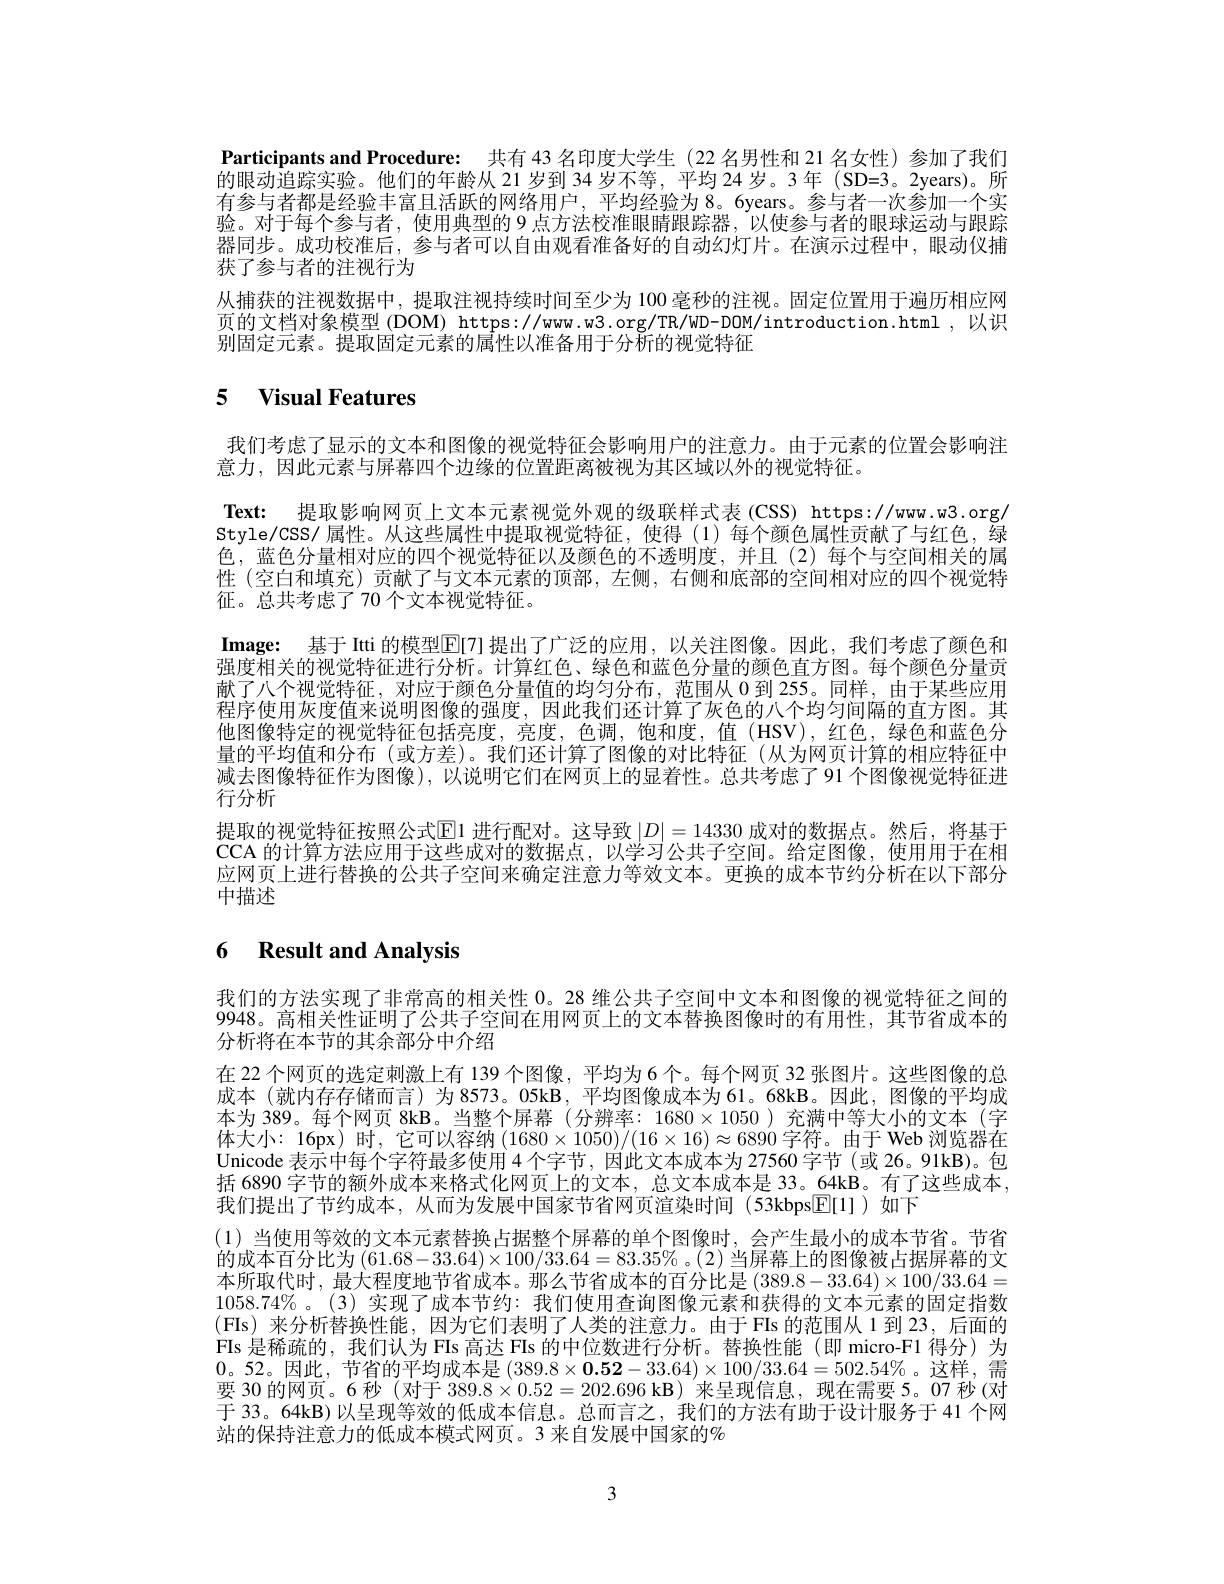
Participants and Procedure: 共有 43 名印度大学生 (22 名男性和 21 名女性) 参加了我们的眼动追踪实验。他们的年龄从 21 岁到 34 岁不等，平均 24 岁。3年 (SD=3。2years)。所有参与者都是经验丰富且活跃的网络用户，平均经验为 8。6years。参与者一次参加一个实验。对于每个参与者，使用典型的 9 点方法校准眼睛跟踪器，以使参与者的眼球运动与跟踪器同步。成功校准后，参与者可以自由观看准备好的自动幻灯片。在演示过程中，眼动仪捕获了参与者的注视行为
从捕获的注视数据中，提取注视持续时间至少为 100毫秒的注视。固定位置用于遍历相应网页的文档对象模型 (DOM) https://ww.w3.org/TR/wD-DOM/introduction.html ,以识别固定元素。提取固定元素的属性以准备用于分析的视觉特征

# 5 Visual Features

我们考虑了显示的文本和图像的视觉特征会影响用户的注意力。由于元素的位置会影响注
意力，因此元素与屏幕四个边缘的位置距离被视为其区域以外的视觉特征。
Text: 提取影响网页上文本元素视觉外观的级联样式表(CSS) https://ww.w3.org/ Style/CSS/ 属性。从这些属性中提取视觉特征，使得(1)每个颜色属性贡献了与红色，绿色，蓝色分量相对应的四个视觉特征以及颜色的不透明度，并且(2)每个与空间相关的属性 (空白和填充) 贡献了与文本元素的顶部，左侧，右侧和底部的空间相对应的四个视觉特征。总共考虑了70 个文本视觉特征。
Image: 基于 Itti 的模型$\boxed{\mathrm{E}}[7]$ 提出了广泛的应用，以关注图像。因此，我们考虑了颜色和强度相关的视觉特征进行分析。计算红色、绿色和蓝色分量的颜色直方图。每个颜色分量贡献了八个视觉特征，对应于颜色分量值的均匀分布，范围从0到 255。同样，由于某些应用程序使用灰度值来说明图像的强度，因此我们还计算了灰色的八个均匀间隔的直方图。其他图像特定的视觉特征包括亮度，亮度，色调，饱和度，值(HSV),红色，绿色和蓝色分量的平均值和分布 (或方差)。我们还计算了图像的对比特征 (从为网页计算的相应特征中减去图像特征作为图像),以说明它们在网页上的显着性。总共考虑了91 个图像视觉特征进行分析
提取的视觉特征按照公式$\boxed{\mathrm{E}}1$进行配对。这导致$|D|=14330$成对的数据点。然后，将基于CCA 的计算方法应用于这些成对的数据点，以学习公共子空间。给定图像，使用用于在相应网页上进行替换的公共子空间来确定注意力等效文本。更换的成本节约分析在以下部分中描述

# 6 Result and Analysis

我们的方法实现了非常高的相关性0。28 维公共子空间中文本和图像的视觉特征之间的9948。高相关性证明了公共子空间在用网页上的文本替换图像时的有用性，其节省成本的分析将在本节的其余部分中介绍
在 22 个网页的选定刺激上有 139 个图像，平均为 6 个。每个网页 32 张图片。这些图像的总成本 (就内存存储而言)为 8573。05kB,平均图像成本为 61。68kB。因此，图像的平均成本为 389。每个网页 8kB。当整个屏幕 (分辨率：$1680\times1050$ )充满中等大小的文本 (字体大小：16px)时，它可以容纳$(1680\times1050)/(16\times16)\approx6890$字符。由于 Web 浏览器在$\bar{\text{Unicode 表示中每个字符最多使用4个字节，因此文本成本为27560字节(或 26。91kB)。包}}$ 括 6890 字节的额外成本来格式化网页上的文本，总文本成本是 33。64kB。有了这些成本， 我们提出了节约成本，从而为发展中国家节省网页渲染时间(53kbps$\boxed{\mathrm{E}}[1])$如下
(1)当使用等效的文本元素替换占据整个屏幕的单个图像时，会产生最小的成本节省。节省的成本百分比为$(61.68-33.64)\times100/33.64=83.35\%$ 。(2) 当屏幕上的图像被占据屏幕的文本所取代时，最大程度地节省成本。那么节省成本的百分比是$(389.8-33.64)\times100/33.64=$ $1058.74\%$ 。(3)实现了成本节约：我们使用查询图像元素和获得的文本元素的固定指数(FIs)来分析替换性能，因为它们表明了人类的注意力。由于 FIs 的范围从 1 到 23,后面的FIs 是稀疏的，我们认为 FIs 高达 FIs 的中位数进行分析。替换性能(即 micro-F1 得分)为0。52。因此，节省的平均成本是$(389.8\times\mathbf{0}.\mathbf{52}-33.64)\times100/33.64=502.54\%$。这样，需要 30 的网页。6 秒 (对于$389.8\times0.52=202.696$ kB) ‘来呈现信息，现在需要 5。07 秒 (对于 33。64kB)以呈现等效的低成本信息。总而言之，我们的方法有助于设计服务于 41 个网站的保持注意力的低成本模式网页。3 来自发展中国家的%

3